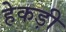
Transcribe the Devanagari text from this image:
हेकड़ी